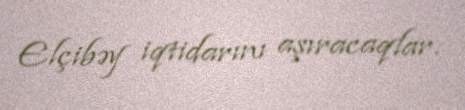
Elçibəy iqtidarını aşıracaqlar.